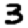
Digit: 3